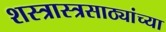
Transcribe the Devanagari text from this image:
शस्त्रास्त्रसाठ्यांच्या